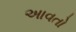
અાવતો